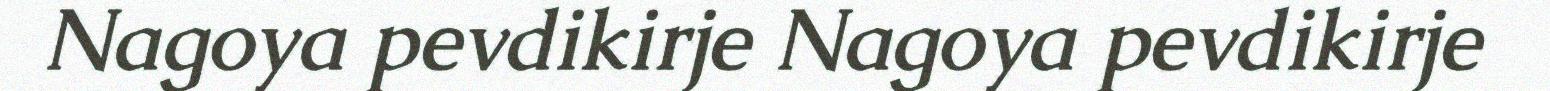
Nagoya pevdikirje Nagoya pevdikirje